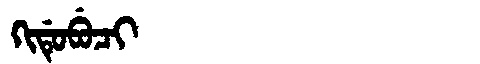
Manchu: ᡴᡳᡩᡠᠪᡠᠴᡳ
Romanization: KIDUBUCI